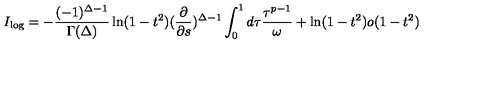
I _ { \log } = - \frac { ( - 1 ) ^ { \Delta - 1 } } { \Gamma ( \Delta ) } \ln ( 1 - t ^ { 2 } ) ( \frac { \partial } { \partial s } ) ^ { \Delta - 1 } \int _ { 0 } ^ { 1 } d \tau \frac { \tau ^ { p - 1 } } { \omega } + \ln ( 1 - t ^ { 2 } ) o ( 1 - t ^ { 2 } )